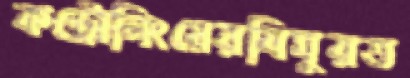
কন্ট্রোলিংয়েরবিমুরত